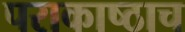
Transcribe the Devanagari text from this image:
पराकाष्ठाच